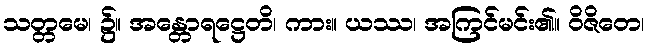
သတ္တမေ၊ ၌။ အန္တောရဋ္ဌေတိ၊ ကား။ ယဿ၊ အကြင်မင်း၏။ ဝိဇိတေ၊